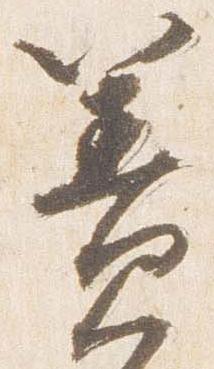
簀